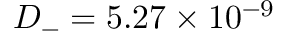
D _ { - } = 5 . 2 7 \times 1 0 ^ { - 9 }